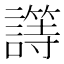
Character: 𰵈